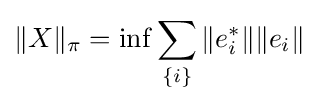
\Vert X\Vert _{\pi }=\inf \sum _{\{i\}}\Vert e_{i}^{*}\Vert \Vert e_{i}\Vert